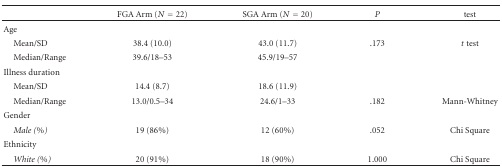
|  | FGA Arm (N = 22) | SGA Arm (N = 20) | P | test |
 | --- | --- | --- | --- | --- |
 | Age |  |  |  |  |
 | Mean/SD | 38.4 (10.0) | 43.0 (11.7) | .173 | t test |
 | Median/Range | 39.6/18–53 | 45.9/19–57 |  |  |
 | Illness duration |  |  |  |  |
 | Mean/SD | 14.4 (8.7) | 18.6 (11.9) |  |  |
 | Median/Range | 13.0/0.5–34 | 24.6/1–33 | .182 | Mann-Whitney |
 | Gender |  |  |  |  |
 | Male (%) | 19 (86%) | 12 (60%) | .052 | Chi Square |
 | Ethnicity |  |  |  |  |
 | White (%) | 20 (91%) | 18 (90%) | 1.000 | Chi Square |